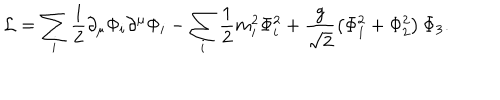
{ \cal L } = \sum _ { i } \frac { 1 } { 2 } \partial _ { \mu } \Phi _ { i } \partial ^ { \mu } \Phi _ { i } - \sum _ { i } \frac { 1 } { 2 } m _ { i } ^ { 2 } \Phi _ { i } ^ { 2 } + \frac { g } { \sqrt { 2 } } \left( \Phi _ { 1 } ^ { 2 } + \Phi _ { 2 } ^ { 2 } \right) \Phi _ { 3 } .